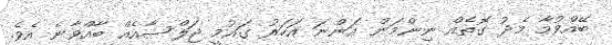
ބޭއްވުމާ މެދު ގޮތެއް ނިންމަން އަންނަ އަހަރު ގައުމީ ޖަލްސާއެއް ބާއްވާނެ އެވެ.